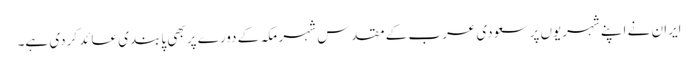
ایران نے اپنے شہریوں پر سعودی عرب کے مقدس شہر مکہ کے دورے پر بھی پابندی عائد کردی ہے۔